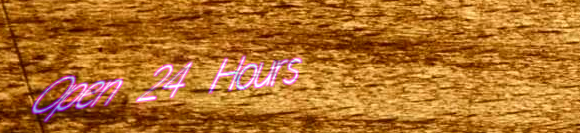
Open 24 Hours